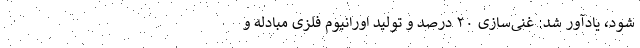
شود، یادآور شد:‌ غنی‌سازی ۲۰ درصد و تولید اورانیوم فلزی مبادله و